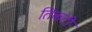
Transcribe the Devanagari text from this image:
तिकटी